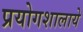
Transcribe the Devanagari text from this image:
प्रयोगशालाये